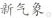
新气象